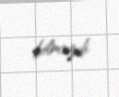
bilməzdi.